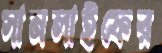
সানলাইফের